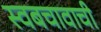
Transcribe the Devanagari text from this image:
स्वबचावाची